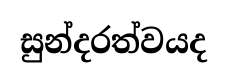
සුන්දරත්වයද